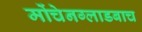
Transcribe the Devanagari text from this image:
मोंचेनग्लाडबाच